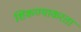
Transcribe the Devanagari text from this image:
शिकण्याकरता